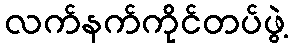
လက်နက်ကိုင်တပ်ဖွဲ့